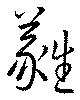
蕤